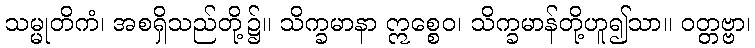
သမ္မုတိကံ၊ အစရှိသည်တို့၌။ သိက္ခမာနာ ဣစ္စေဝ၊ သိက္ခမာန်တို့ဟူ၍သာ။ ဝတ္တဗ္ဗာ၊